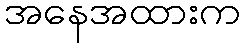
အနေအထားက